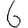
Digit: 6